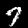
Label: 7